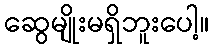
ဆွေမျိုးမရှိဘူးပေါ့။